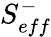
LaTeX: S_{eff}^{-}